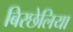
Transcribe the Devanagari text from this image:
बिरछेलिया